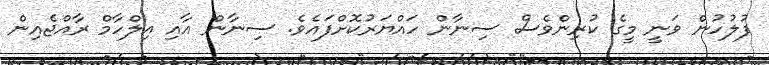
ފުލުހުން ވަނީ މީގެ ކުރިންވެސް ސިނާން ހައްޔަރުކޮށްފައެވެ. ސިނާން އާއި އިލްހާމް ރާއްޖެއިން